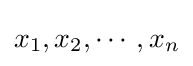
x_{1},x_{2},\cdots ,x_{n}